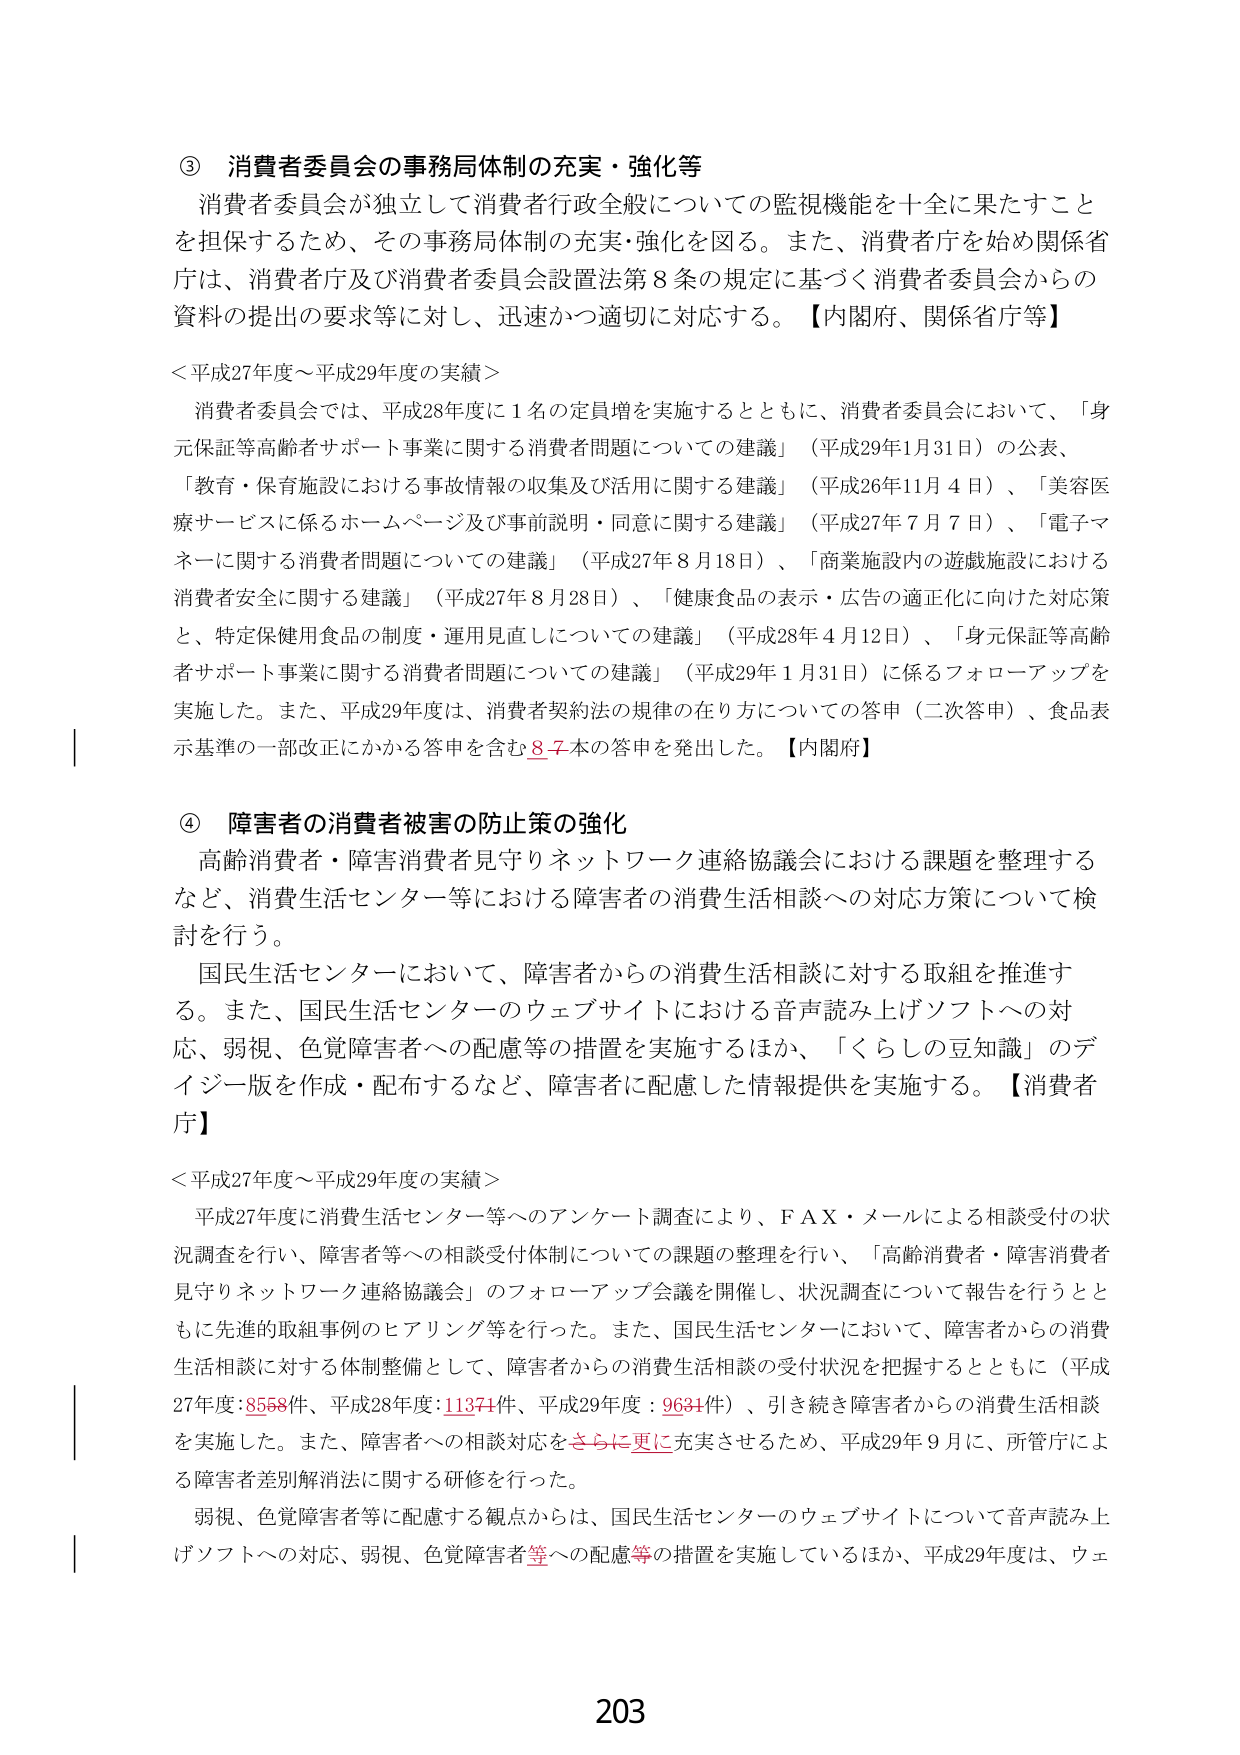
③ 消費者委員会の事務局体制の充実・強化等
消費者委員会が独立して消費者行政全般についての監視機能を十全に果たすことを担保するため、その事務局体制の充実・強化を図る。また、消費者庁を始め関係省庁は、消費者庁及び消費者委員会設置法第8条の規定に基づく消費者委員会からの資料の提出の要求等に対し、迅速かつ適切に対応する。【内閣府、関係省庁等】

＜平成27年度～平成29年度の実績＞
消費者委員会では、平成28年度に1名の定員増を実施するとともに、消費者委員会において、「身元保証等高齢者サポート事業に関する消費者問題についての建議」（平成29年1月31日）の公表、「教育・保育施設における事故情報の収集及び活用に関する建議」（平成26年11月4日）、「美容医療サービスに係るホームページ及び事前説明・同意に関する建議」（平成27年7月7日）、「電子マネーに関する消費者問題についての建議」（平成27年8月18日）、「商業施設内の遊戯施設における消費者安全に関する建議」（平成27年8月28日）、「健康食品の表示・広告の適正化に向けた対応策と、特定保健用食品の制度・運用見直しについての建議」（平成28年4月12日）、「身元保証等高齢者サポート事業に関する消費者問題についての建議」（平成29年1月31日）に係るフォローアップを実施した。また、平成29年度は、消費者契約法の規律の在り方についての答申（二次答申）、食品表示基準の一部改正にかかる答申を含む8-7本の答申を発出した。【内閣府】

④ 障害者の消費者被害の防止策の強化
高齢消費者・障害消費者見守りネットワーク連絡協議会における課題を整理するなど、消費生活センター等における障害者の消費生活相談への対応方策について検討を行う。
国民生活センターにおいて、障害者からの消費生活相談に対する取組を推進する。また、国民生活センターのウェブサイトにおける音声読み上げソフトへの対応、弱視、色覚障害者への配慮等の措置を実施するほか、「くらしの豆知識」のデイジー版を作成・配布するなど、障害者に配慮した情報提供を実施する。【消費者庁】

＜平成27年度～平成29年度の実績＞
平成27年度に消費生活センター等へのアンケート調査により、FAX・メールによる相談受付の状況調査を行い、障害者等への相談受付体制についての課題の整理を行い、「高齢消費者・障害消費者見守りネットワーク連絡協議会」のフォローアップ会議を開催し、状況調査について報告を行うとともに先進的取組事例のヒアリング等を行った。また、国民生活センターにおいて、障害者からの消費生活相談に対する体制整備として、障害者からの消費生活相談の受付状況を把握するとともに（平成27年度：8558件、平成28年度：11374件、平成29年度：9634件）、引き続き障害者からの消費生活相談を実施した。また、障害者への相談対応をさらに更に充実させるため、平成29年9月に、所管庁による障害者差別解消法に関する研修を行った。
弱視、色覚障害者等に配慮する観点からは、国民生活センターのウェブサイトについて音声読み上げソフトへの対応、弱視、色覚障害者等への配慮等の措置を実施しているほか、平成29年度は、ウェ

203